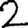
Digit: 2